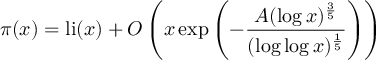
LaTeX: \pi ( x ) = \operatorname { l i } ( x ) + O \left( x \exp \left( - { \frac { A ( \log x ) ^ { \frac { 3 } { 5 } } } { ( \log \log x ) ^ { \frac { 1 } { 5 } } } } \right) \right)